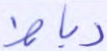
رباط